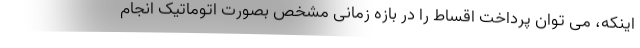
اینکه، می توان پرداخت اقساط را در بازه زمانی مشخص بصورت اتوماتیک انجام